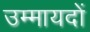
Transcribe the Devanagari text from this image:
उम्मायदों